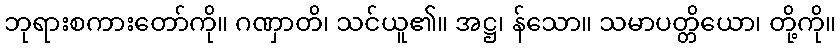
ဘုရားစကားတော်ကို။ ဂဏှာတိ၊ သင်ယူ၏။ အဋ္ဌ၊ န်သော။ သမာပတ္တိယော၊ တို့ကို။